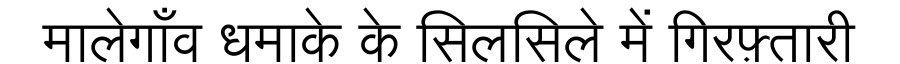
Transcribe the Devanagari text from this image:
मालेगाँव धमाके के सिलसिले में गिरफ़्तारी